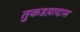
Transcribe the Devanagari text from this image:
तुकडय़ादास